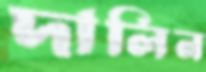
দালিন